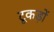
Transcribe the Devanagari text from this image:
टूकड़ों